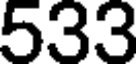
533